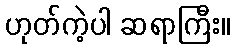
ဟုတ်ကဲ့ပါ ဆရာကြီး။